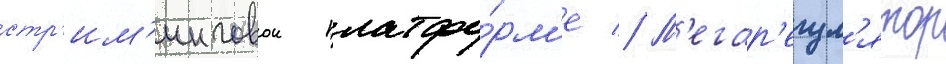
стр'им'инговои платфо́рм'е // М'егар'егул'ятор